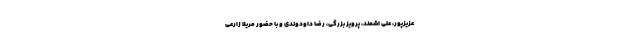
عزیزپور، علی اشمند، پرویز بزرگی، رضا داودوندی و با حضور مریلا زارعی